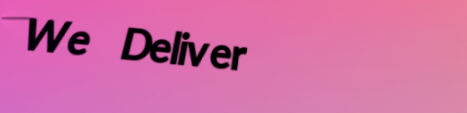
We Deliver